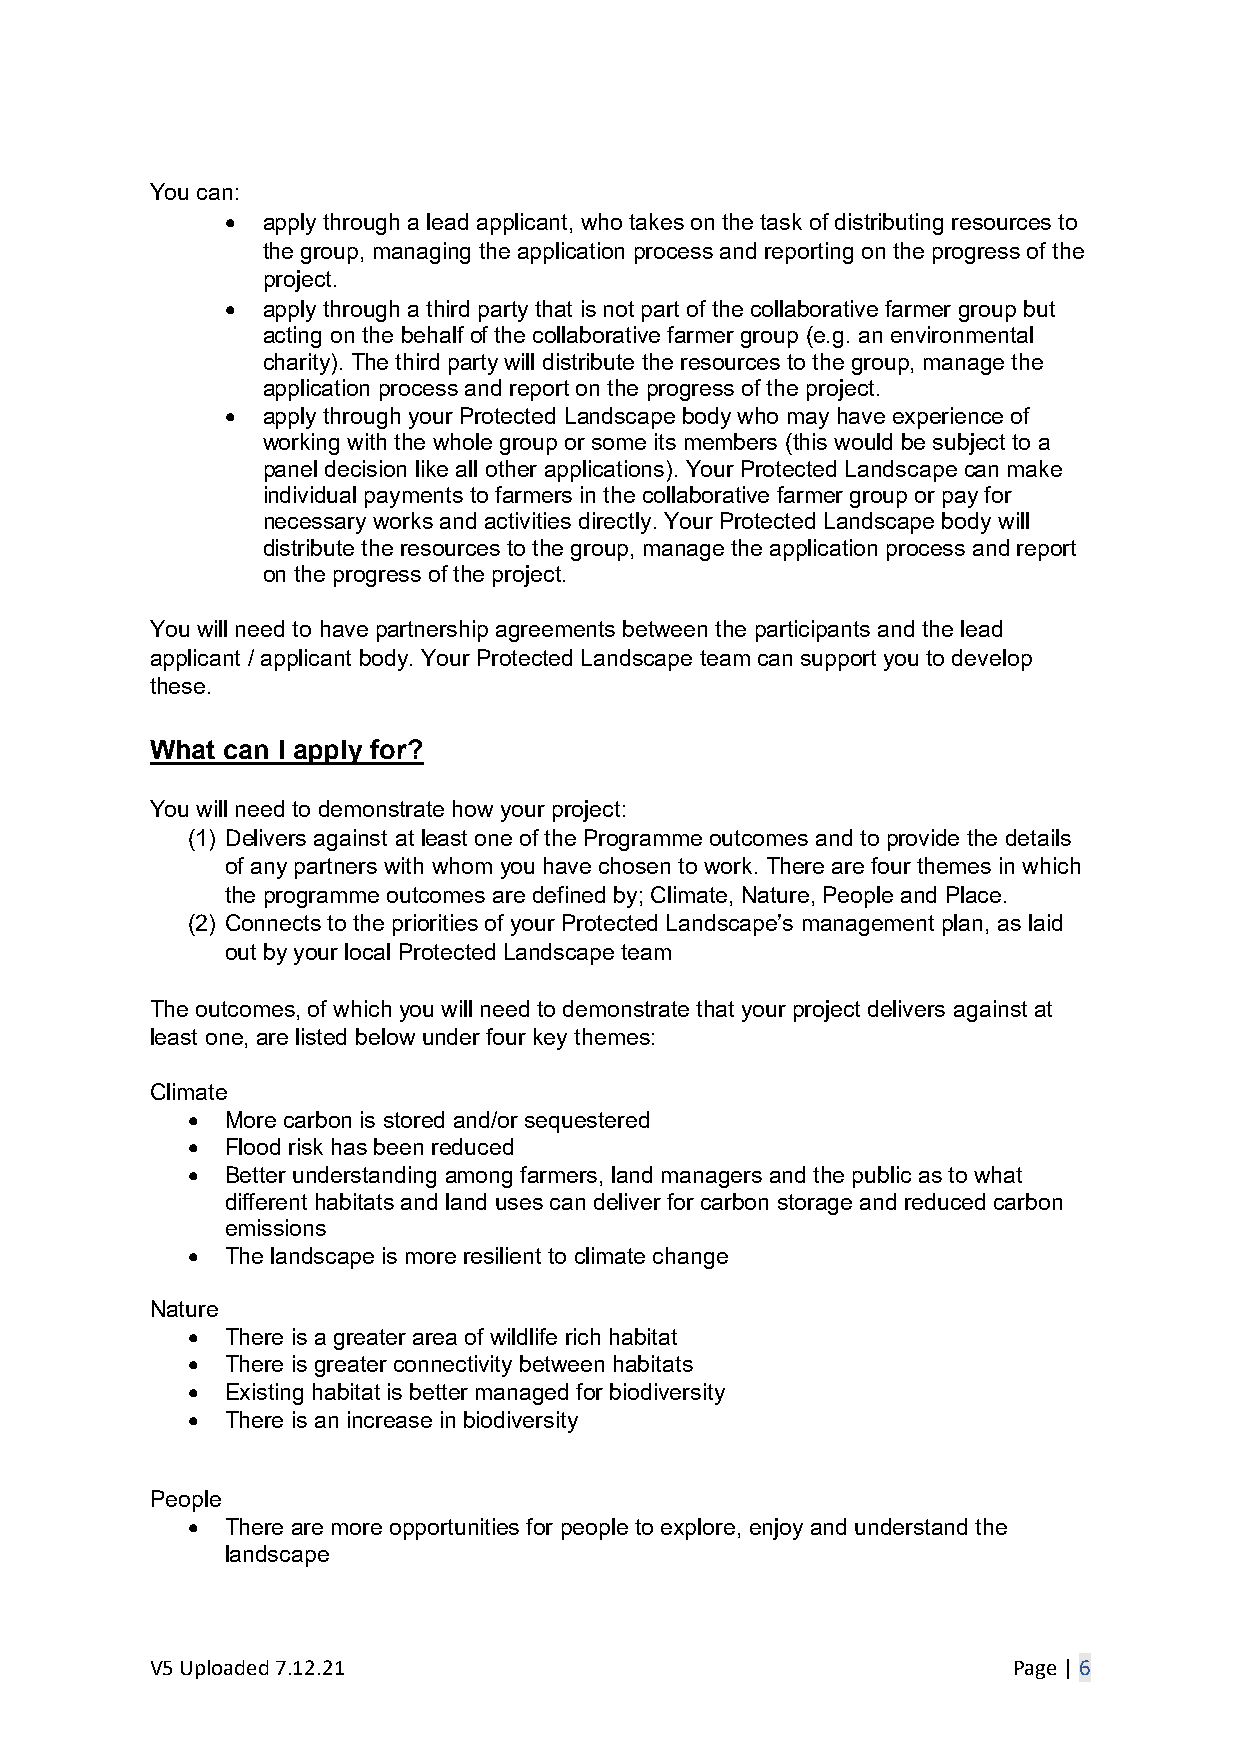
You can:
 • apply through a lead applicant, who takes on the task of distributing resources to
 the group, managing the application process and reporting on the progress of the
 project.
 • apply through a third party that is not part of the collaborative farmer group but
 acting on the behalf of the collaborative farmer group (e.g. an environmental
 charity). The third party will distribute the resources to the group, manage the
 application process and report on the progress of the project.
 • apply through your Protected Landscape body who may have experience of
 working with the whole group or some its members (this would be subject to a
 panel decision like all other applications). Your Protected Landscape can make
 individual payments to farmers in the collaborative farmer group or pay for
 necessary works and activities directly. Your Protected Landscape body will
 distribute the resources to the group, manage the application process and report
 on the progress of the project.
 You will need to have partnership agreements between the participants and the lead
 applicant / applicant body. Your Protected Landscape team can support you to develop
 these.
 What can I apply for?
 You will need to demonstrate how your project:
 (1) Delivers against at least one of the Programme outcomes and to provide the details
 of any partners with whom you have chosen to work. There are four themes in which
 the programme outcomes are defined by; Climate, Nature, People and Place.
 (2) Connects to the priorities of your Protected Landscape’s management plan, as laid
 out by your local Protected Landscape team
 The outcomes, of which you will need to demonstrate that your project delivers against at
 least one, are listed below under four key themes:
 Climate
 •  More carbon is stored and/or sequestered
 •  Flood risk has been reduced
 •  Better understanding among farmers, land managers and the public as to what
 different habitats and land uses can deliver for carbon storage and reduced carbon
 emissions
 •  The landscape is more resilient to climate change
 Nature
 •  There is a greater area of wildlife rich habitat
 •  There is greater connectivity between habitats
 •  Existing habitat is better managed for biodiversity
 •  There is an increase in biodiversity
 People
 •  There are more opportunities for people to explore, enjoy and understand the
 landscape
 V5 Uploaded 7.12.21                                      Page | 6